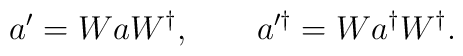
a'=WaW^{\dagger},\qquad a^{\prime\dagger}=Wa^{\dagger}W^{\dagger}.